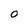
Character: O